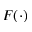
F ( \cdot )